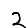
Digit: 2